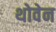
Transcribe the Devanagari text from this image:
थोवेन